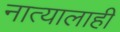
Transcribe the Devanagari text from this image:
नात्यालाही